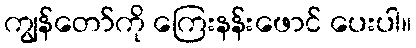
ကျွန်တော်ကို ကြေးနန်းဖောင် ပေးပါ။